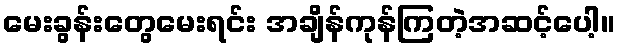
မေးခွန်းတွေမေးရင်း အချိန်ကုန်ကြတဲ့အဆင့်ပေါ့။